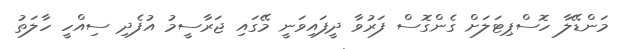
މަންޑޭލާ ހޮސްޕިޓަލަށް ގެންގޮސް ފަރުވާ ދީފައިވަނީ މޭގައި ޖަރާސީމު އުފެދި ސިއްހީ ހާލަތު